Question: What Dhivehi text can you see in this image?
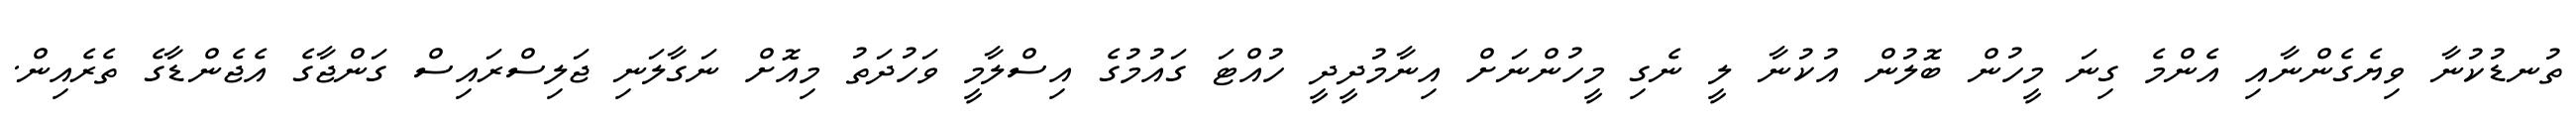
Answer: ތުނޑުކުނާ ވިޔެގެންނާއި އެންމެ ގިނަ މީހުން ބޮލުން އުކުނާ ލީ ނެގި މީހުންނަށް އިނާމުދީދީ ހުއްޓަ ގައުމުގެ އިސްލާމީ ވަހުދަތު މިއޮށް ނަގާލަނި ޖަލިސްރައިސް ގަންޖާގެ އެޖެންޑާގެ ތެރެއިން.